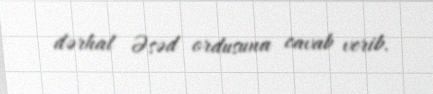
dərhal Əsəd ordusuna cavab verib.